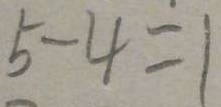
5 - 4 = 1